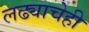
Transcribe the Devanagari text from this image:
लढ्याचेही